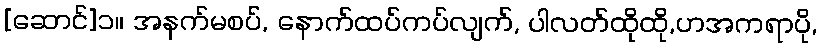
[ဆောင်]၁။ အနက်မစပ်, နောက်ထပ်ကပ်လျက်, ပါလတ်ထိုထို,ဟအကရာပို,